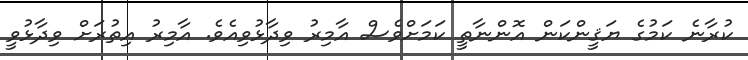
ކުރާނެ ކަމުގެ ޔަޤީންކަން އޮންނާތީ ކަމަށްވެސް އާމިރު ވިދާޅުވިއެވެ. އާމިރު އިތުރަށް ވިދާޅުވީ